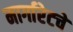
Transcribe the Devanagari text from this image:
मार्गारेटचे